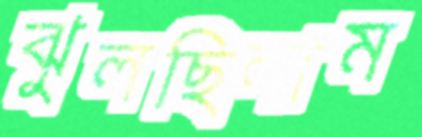
ঝুলছিলাম